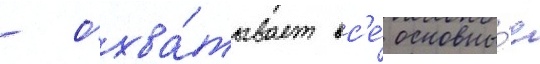
- охва́тывает вс'е́ основны́е